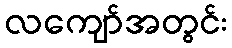
လကျော်အတွင်း